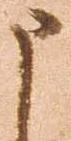
申